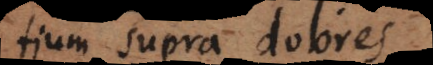
tium supra dolores.